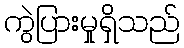
ကွဲပြားမှုရှိသည်